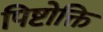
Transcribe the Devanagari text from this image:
पिष्टोक्ति